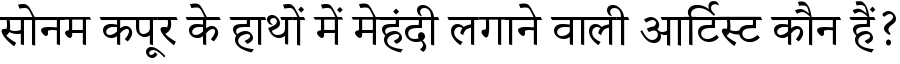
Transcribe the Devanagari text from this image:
सोनम कपूर के हाथों में मेहंदी लगाने वाली आर्टिस्ट कौन हैं?